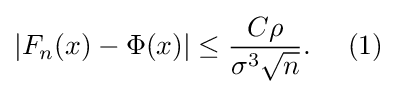
\left|F_{n}(x)-\Phi (x)\right|\leq {C\rho  \over \sigma ^{3}{\sqrt {n}}}.\ \ \ \ (1)